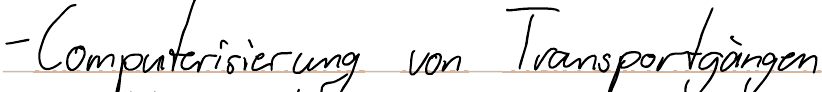
- Computerisierung von Transportgängen